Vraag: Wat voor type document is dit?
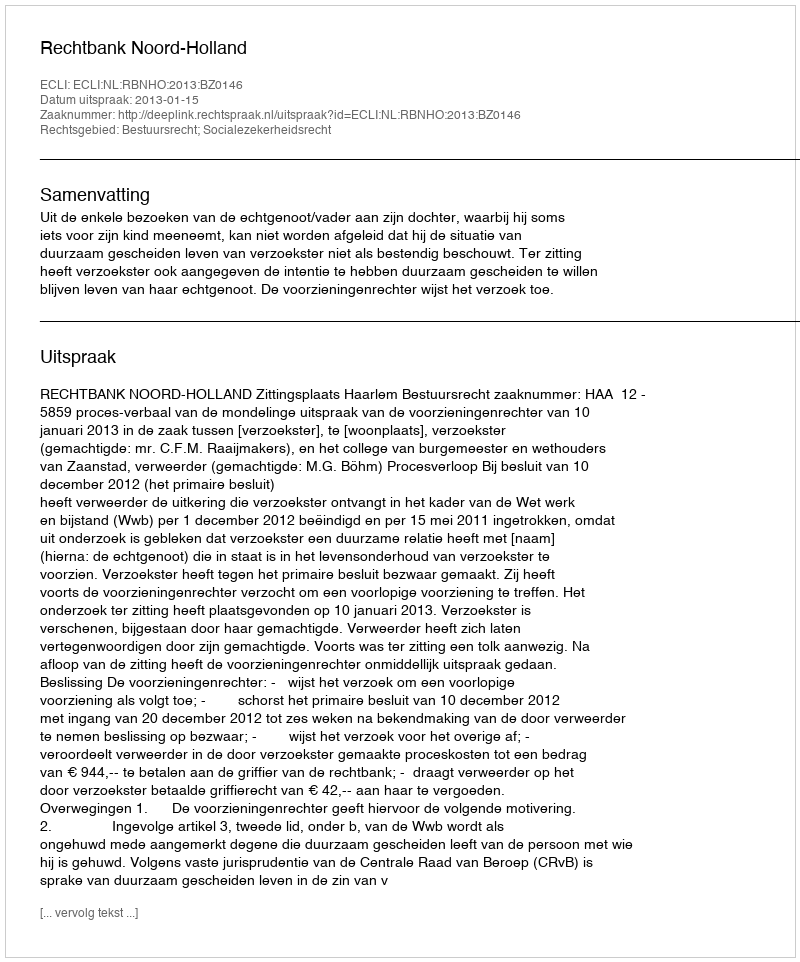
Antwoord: Uitspraak